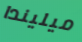
ميليندا